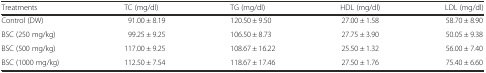
<table><thead><tr><td><b>Treatments</b></td><td><b>TC (mg/dl)</b></td><td><b>TG (mg/dl)</b></td><td><b>HDL (mg/dl)</b></td><td><b>LDL (mg/dl)</b></td></tr></thead><tbody><tr><td>Control (DW)</td><td>91.00 ± 8.19</td><td>120.50 ± 9.50</td><td>27.00 ± 1.58</td><td>58.70 ± 8.90</td></tr><tr><td>BSC (250 mg/kg)</td><td>99.25 ± 9.25</td><td>106.50 ± 8.73</td><td>27.75 ± 3.90</td><td>50.05 ± 9.38</td></tr><tr><td>BSC (500 mg/kg)</td><td>117.00 ± 9.25</td><td>108.67 ± 16.22</td><td>25.50 ± 1.32</td><td>56.00 ± 7.40</td></tr><tr><td>BSC (1000 mg/kg)</td><td>112.50 ± 7.54</td><td>118.67 ± 17.46</td><td>27.50 ± 1.76</td><td>75.40 ± 6.60</td></tr></tbody></table>